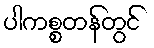
ပါကစ္စတန်တွင်